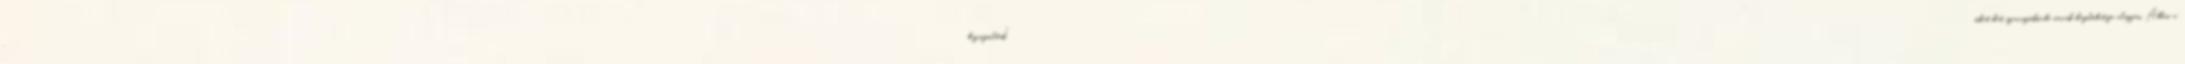
"bezsúfolták" őket két szavazókörbe nevük kezdőbetűje alapján. Abban a